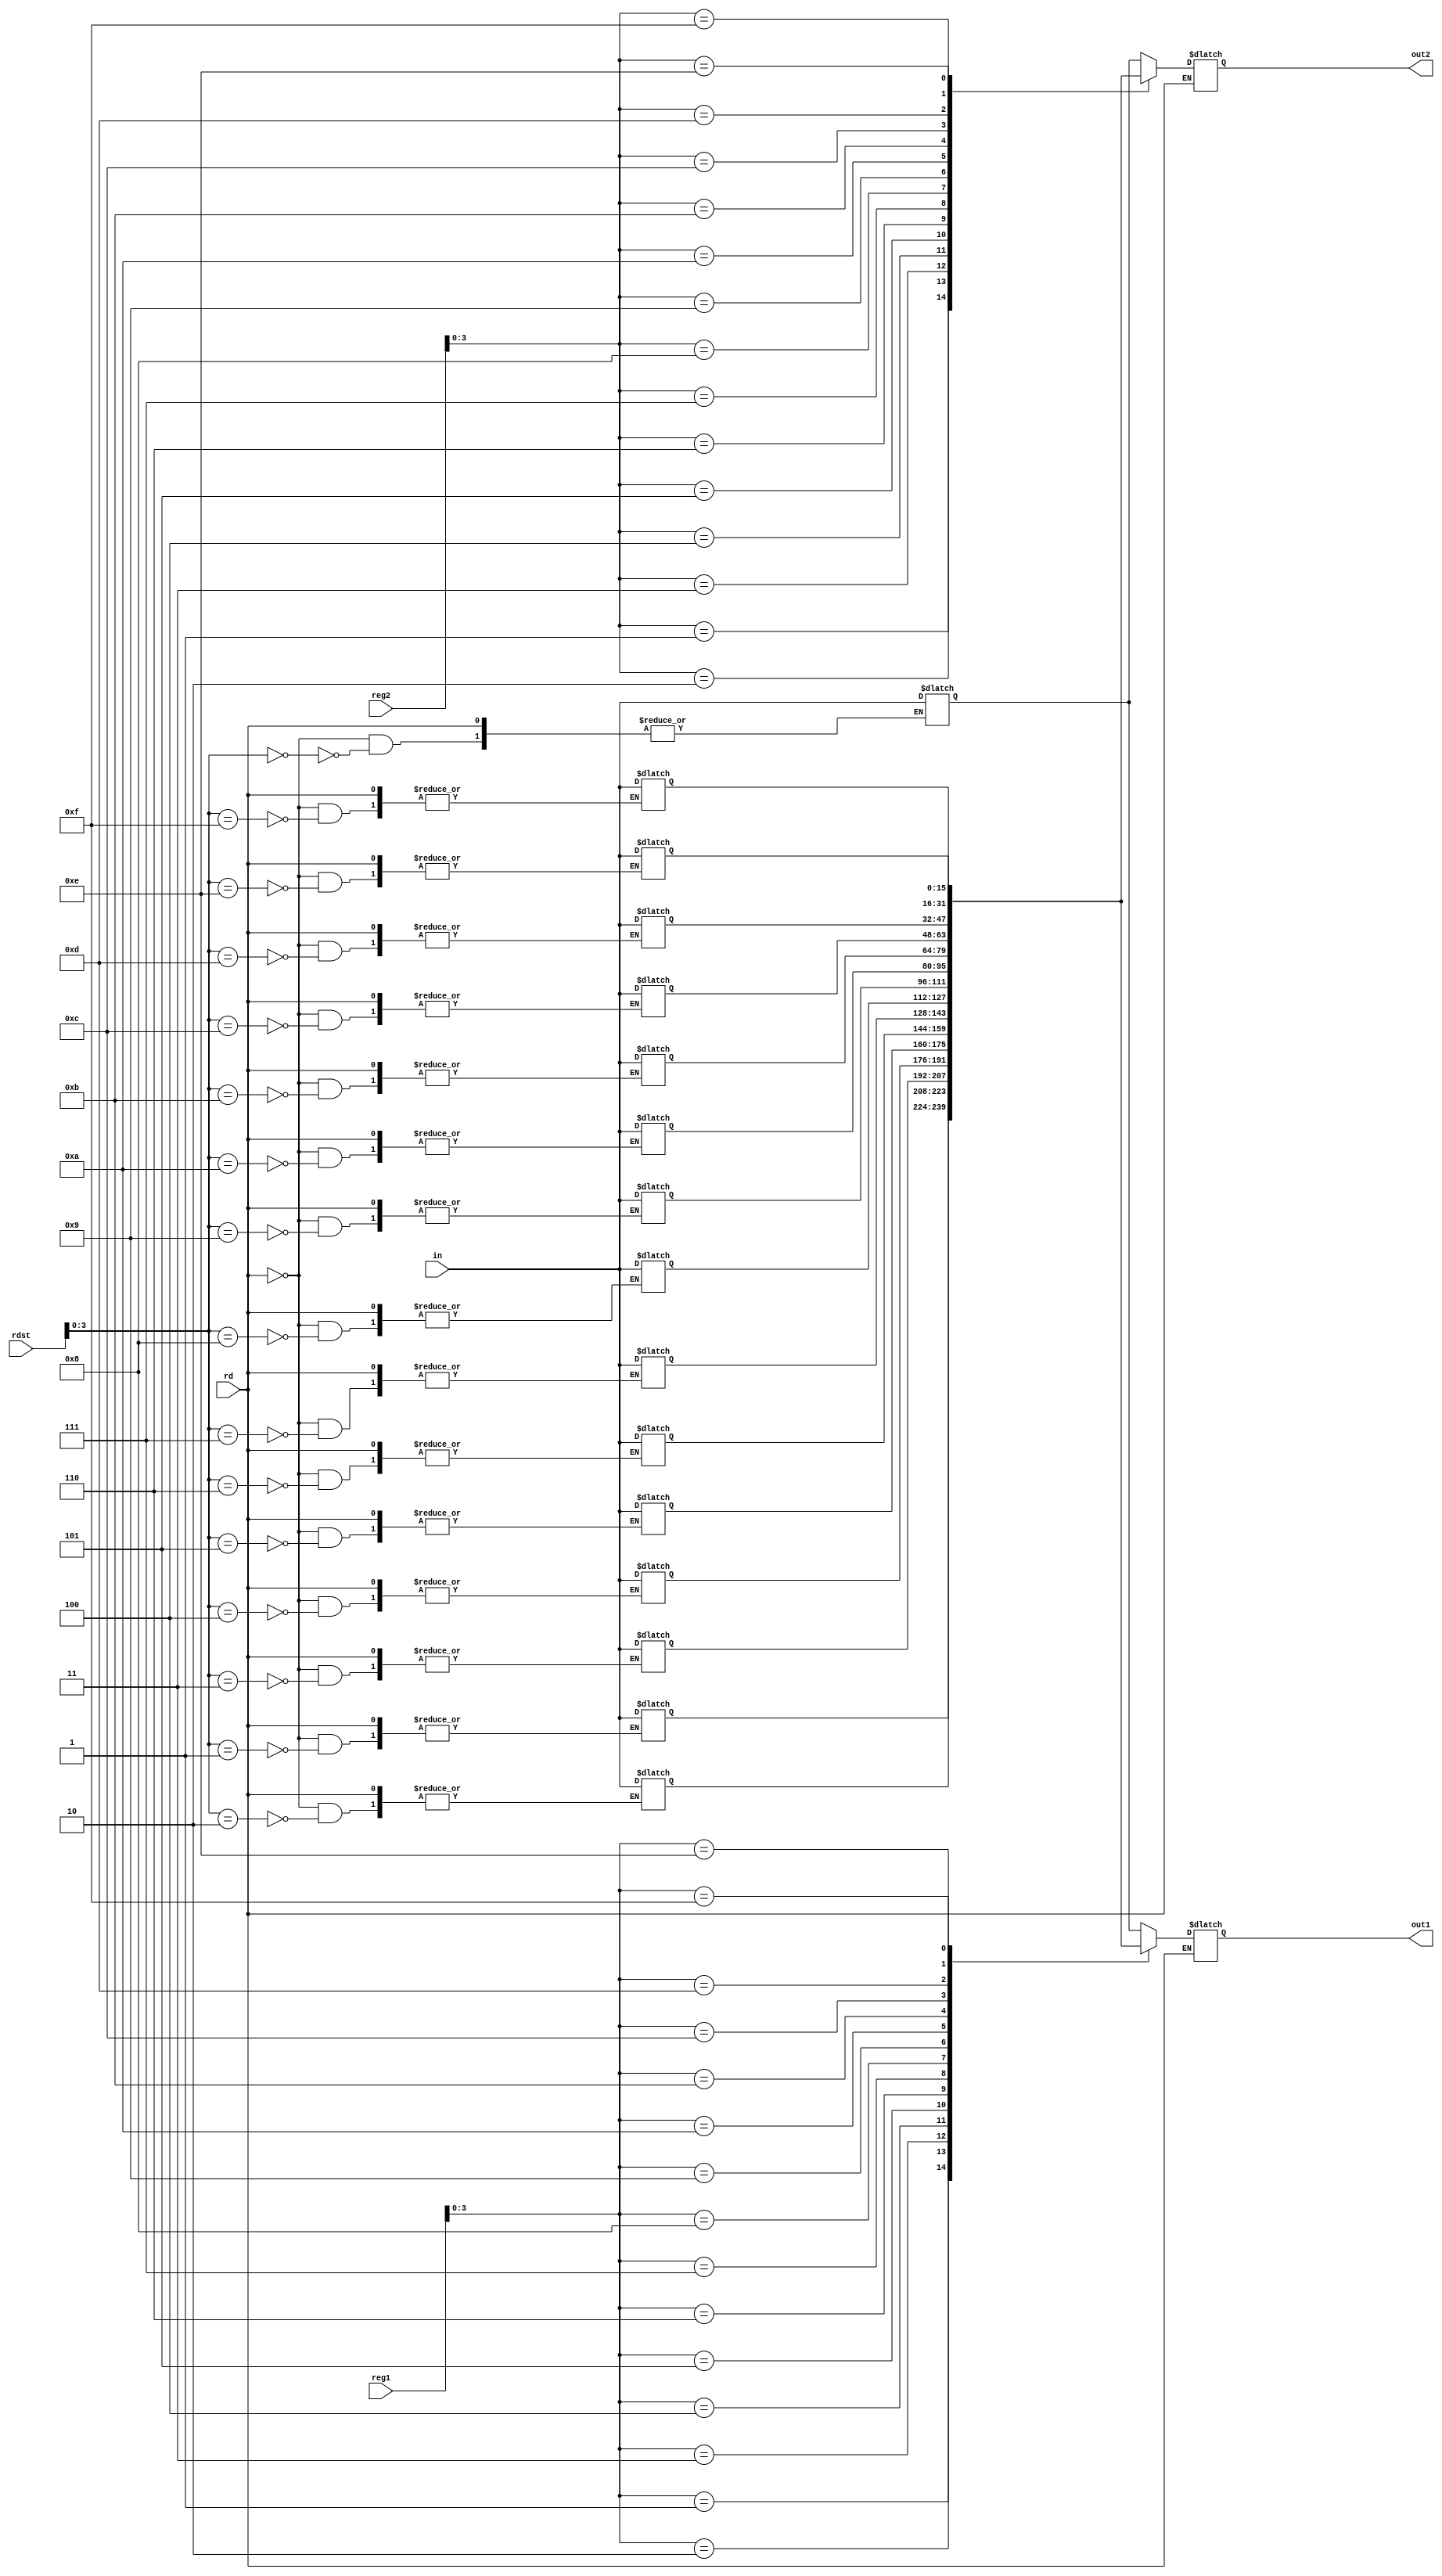
module register(reg1, reg2, rdst, in, out1, out2, rd);

   input[4:0] reg1, reg2, rdst;
   input [15:0] in;
   output [15:0] out1, out2;
   reg [15:0] out1, out2;
   input rd;

   reg [15:0] mem[15:0];

   initial begin	//memory to store preinitialised variables
		mem[0]=16'd1;
		mem[1]=16'd2;
		mem[2]=16'd3;
		mem[3]=16'd4;
		mem[4]=16'd5;
		mem[5]=16'd6;
		mem[6]=16'd7;
		mem[7]=16'd8;
		mem[8]=16'd9;
		mem[9]=16'd10;
		mem[10]=16'd11;
		mem[11]=16'd12;
		mem[12]=16'd13;
		mem[13]=16'd14;
		mem[14]=16'd15;
		mem[15]=16'd0;
	end // initial begin
   
	always @ (*) begin
		if(rd) begin	//read two elements from memory reg1 and reg2
			out1 <= mem[reg1];
			out2 <= mem[reg2];
		end
		else begin		//write into memory reg rdst
			mem[rdst] <= in;
		end
	end
endmodule